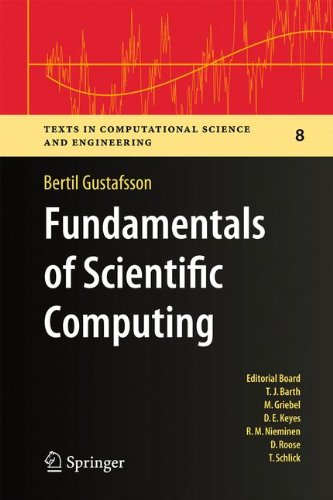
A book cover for Fundamentals of Scientific Computing (Texts in Computational Science and Engineering); Bertil Gustafsson; Computers & Technology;